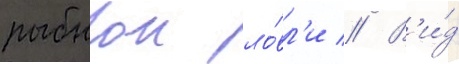
рыбнои ло́вл'и // В'и́д